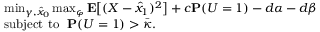
\begin{array} { r l } & { \operatorname* { m i n } _ { \gamma , \hat { x } _ { 0 } } \operatorname* { m a x } _ { \varphi } \mathbf { E } \big [ ( X - \hat { x } _ { 1 } ) ^ { 2 } \big ] + c \mathbf { P } ( U = 1 ) - d \alpha - d \beta ~ ~ ~ ~ ~ ~ ~ ~ ~ ~ } \\ & { \mathrm { s u b j e c t ~ t o ~ ~ } \mathbf { P } ( U = 1 ) > \bar { \kappa } . } \end{array}